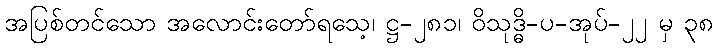
အပြစ်တင်သော အလောင်းတော်ရသေ့၊ ဋ္ဌ-၂၈၁၊ ဝိသုဒ္ဓိ-ပ-အုပ်-၂၂ မှ ၃၈